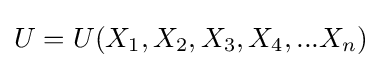
U=U(X_{1},X_{2},X_{3},X_{4},...X_{n})